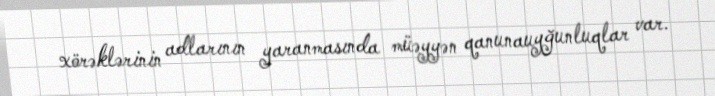
xörəklərinin adlarının yaranmasında müəyyən qanunauyğunluqlar var.